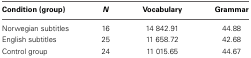
| Condition (group) | N | Vocabulary | Grammar |
 | --- | --- | --- | --- |
 | Norwegian subtitles | 16 | 14 842.91 | 44.88 |
 | English subtitles | 25 | 11 658.72 | 42.68 |
 | Control group | 24 | 11 015.65 | 44.67 |